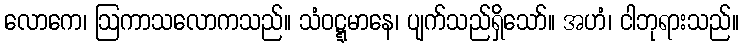
လောကေ၊ ဩကာသလောကသည်။ သံဝဋ္ဋမာနေ၊ ပျက်သည်ရှိသော်။ အဟံ၊ ငါဘုရားသည်။